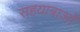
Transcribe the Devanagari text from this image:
सहयात्राओं